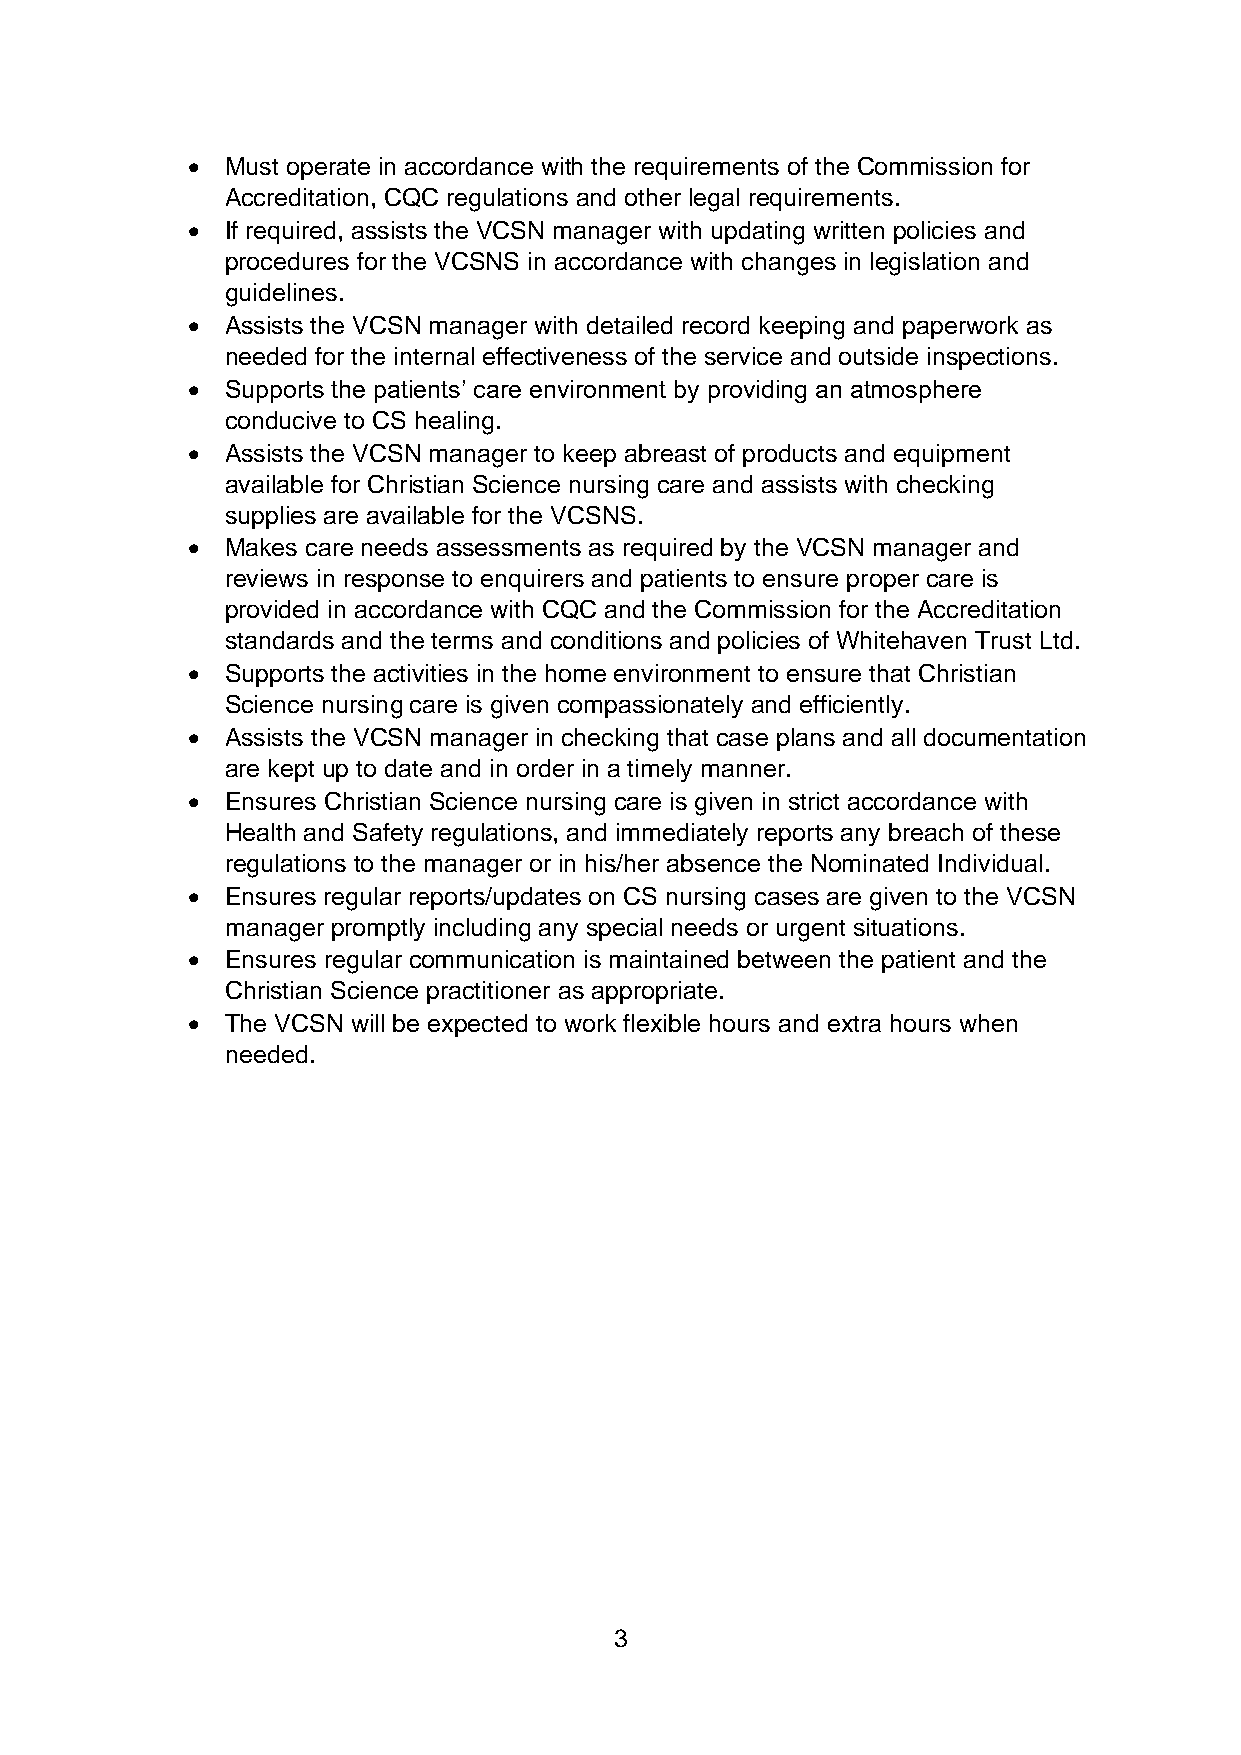
•  Must operate in accordance with the requirements of the Commission for
 Accreditation, CQC regulations and other legal requirements.
 •  If required, assists the VCSN manager with updating written policies and
 procedures for the VCSNS in accordance with changes in legislation and
 guidelines.
 •  Assists the VCSN manager with detailed record keeping and paperwork as
 needed for the internal effectiveness of the service and outside inspections.
 •  Supports the patients’ care environment by providing an atmosphere
 conducive to CS healing.
 •  Assists the VCSN manager to keep abreast of products and equipment
 available for Christian Science nursing care and assists with checking
 supplies are available for the VCSNS.
 •  Makes care needs assessments as required by the VCSN manager and
 reviews in response to enquirers and patients to ensure proper care is
 provided in accordance with CQC and the Commission for the Accreditation
 standards and the terms and conditions and policies of Whitehaven Trust Ltd.
 •  Supports the activities in the home environment to ensure that Christian
 Science nursing care is given compassionately and efficiently.
 •  Assists the VCSN manager in checking that case plans and all documentation
 are kept up to date and in order in a timely manner.
 •  Ensures Christian Science nursing care is given in strict accordance with
 Health and Safety regulations, and immediately reports any breach of these
 regulations to the manager or in his/her absence the Nominated Individual.
 •  Ensures regular reports/updates on CS nursing cases are given to the VCSN
 manager promptly including any special needs or urgent situations.
 •  Ensures regular communication is maintained between the patient and the
 Christian Science practitioner as appropriate.
 •  The VCSN will be expected to work flexible hours and extra hours when
 needed.
 3